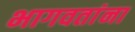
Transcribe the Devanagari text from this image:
भागवतांना